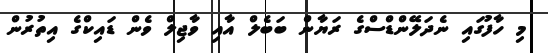
މި ހާފުގައި ނެދަލޭންޑްސްގެ ރަޔާން ބަބެލް އާއި ވާޖިލް ވެން ޑައިކްގެ އިތުރުން